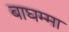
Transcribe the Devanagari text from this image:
बाघम्मा